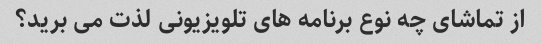
از تماشای چه نوع برنامه های تلویزیونی لذت می برید؟